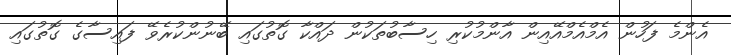
އެންމެ ފަހުން އެމްއެމްއޭއިން އާންމުކުރި ހިސާބުތަކުން ދައްކާ ގޮތުގައި ބޭނުންކުރެވޭ ފައިސާގެ ގޮތުގައި